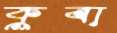
কুবা